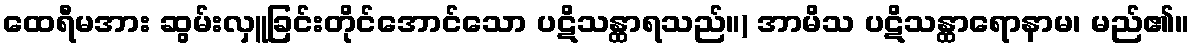
ထေရီမအား ဆွမ်းလှူခြင်းတိုင်အောင်သော ပဋိသန္ထာရသည်။) အာမိသ ပဋိသန္ထာရောနာမ၊ မည်၏။